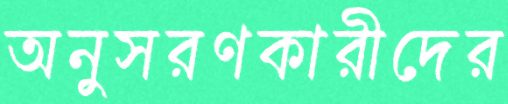
অনুসরণকারীদের